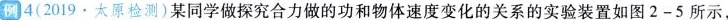
例4(2019·太原检测)某同学做探究合力做的功和物体速度变化的关系的实验装置如图2-5 所示，